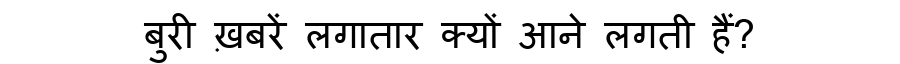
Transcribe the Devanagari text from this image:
बुरी ख़बरें लगातार क्यों आने लगती हैं?